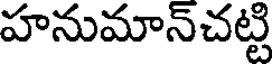
హనుమాన్చట్టి